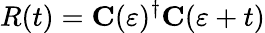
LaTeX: R(t)=\mathbf{C}(\varepsilon)^{\dagger}\mathbf{C}(\varepsilon+t)